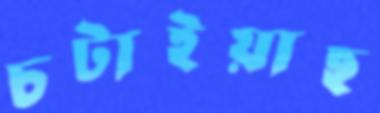
চটাইয়াছ